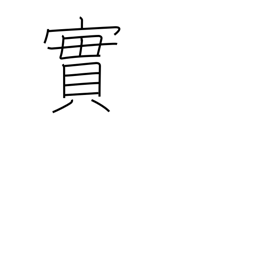
Meaning: truth